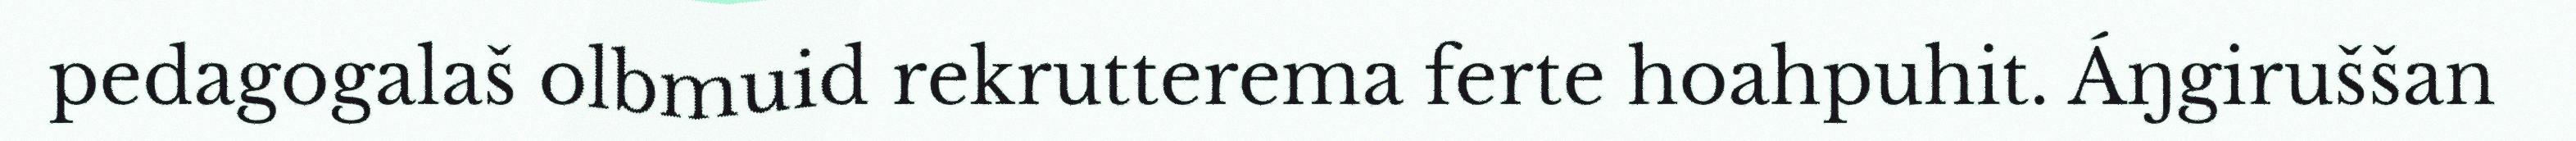
pedagogalaš olbmuid rekrutterema ferte hoahpuhit. Áŋgiruššan